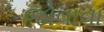
જોવાવા